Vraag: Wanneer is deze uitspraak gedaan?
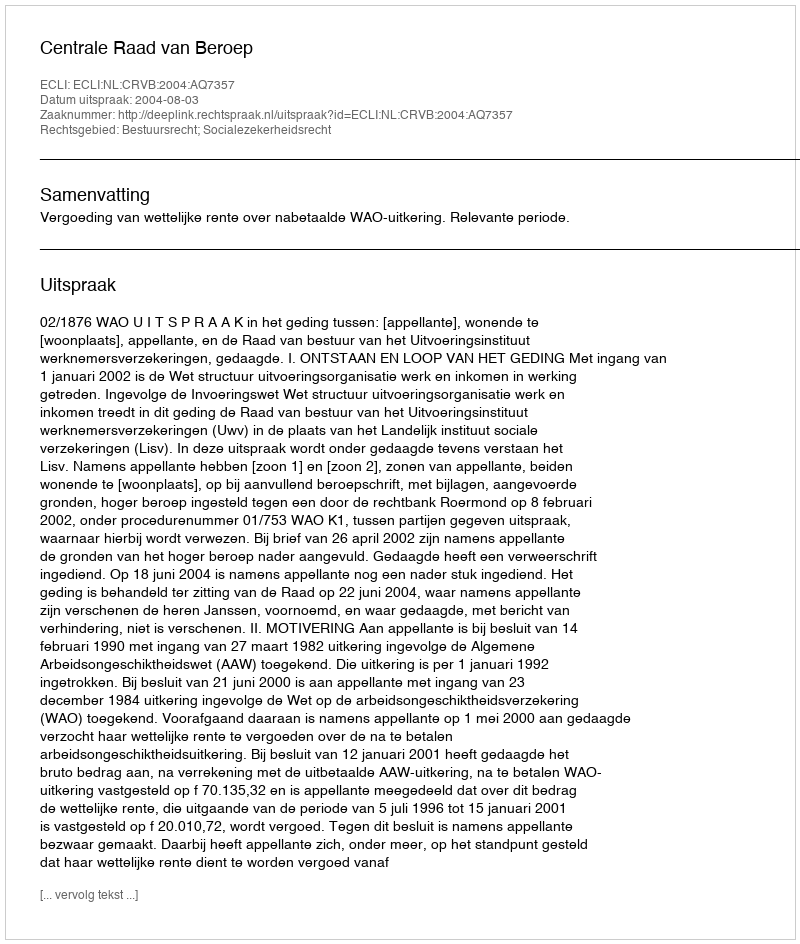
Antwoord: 2004-08-03